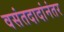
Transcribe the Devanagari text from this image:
वसंतदादांनंतर